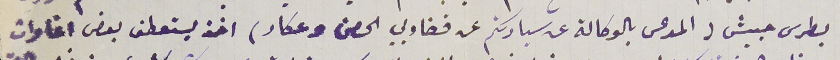
بطرس حبيش (المدعى بالوكالة عن سيادتكم عن قضاويي الحصن وعكار) اخذ يستعطف بعض اغاوات